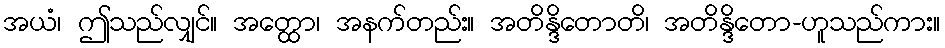
အယံ၊ ဤသည်လျှင်။ အတ္ထော၊ အနက်တည်း။ အတိန္ဒိတောတိ၊ အတိန္ဒိတော-ဟူသည်ကား။